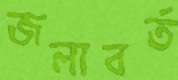
জলাবর্ত